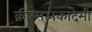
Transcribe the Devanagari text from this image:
क्रीग्सअकादेमी